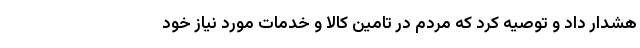
هشدار داد و توصیه کرد که مردم در تامین کالا و خدمات مورد نیاز خود